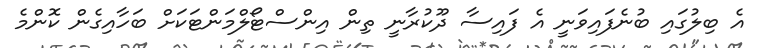
އެ ބިލުގައި ބުނެފައިވަނީ އެ ފައިސާ ދޫކުރާނީ ތިން އިންސްޓޯލްމަންޓަކަށް ބަހާއިގެން ކޮންމެ